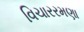
વિચારરમણા